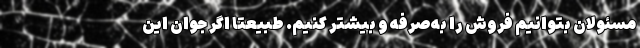
مسئولان بتوانیم فروش را به‌صرفه و بیشتر کنیم. طبیعتا اگر جوان این